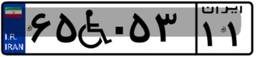
۶۵W۰۵۳۱۱